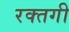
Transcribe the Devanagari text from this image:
रक्तगी